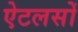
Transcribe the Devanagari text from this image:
ऐटलसों